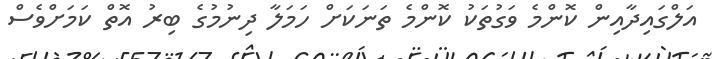
އަލްގައިދާއިން ކޮންމެ ވަގުތަކު ކޮންމެ ތަނަކަށް ހަމަލާ ދިނުމުގެ ބިރު އޮތް ކަމަށްވެސް